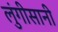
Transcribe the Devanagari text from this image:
लुंगीसानी